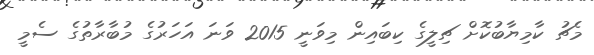
މެޗު ކާމިޔާބުކޮށް ޗިލީގެ ކިބައިން މިވަނީ 2015 ވަނަ އަހަރުގެ މުބާރާތުގެ ސެމީ